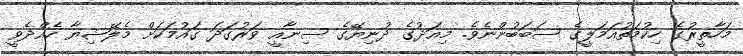
މަހާތީރުގެ ހިކުމަތުއަމަލީގެ ސަބަބުންނެވެ. މިއަދުގެ ދުނިޔޭގެ ސިނާއީ ވަރުގަދަ ގައުމަކަށް މެލޭޝިޔާ ހެއްދެވީ